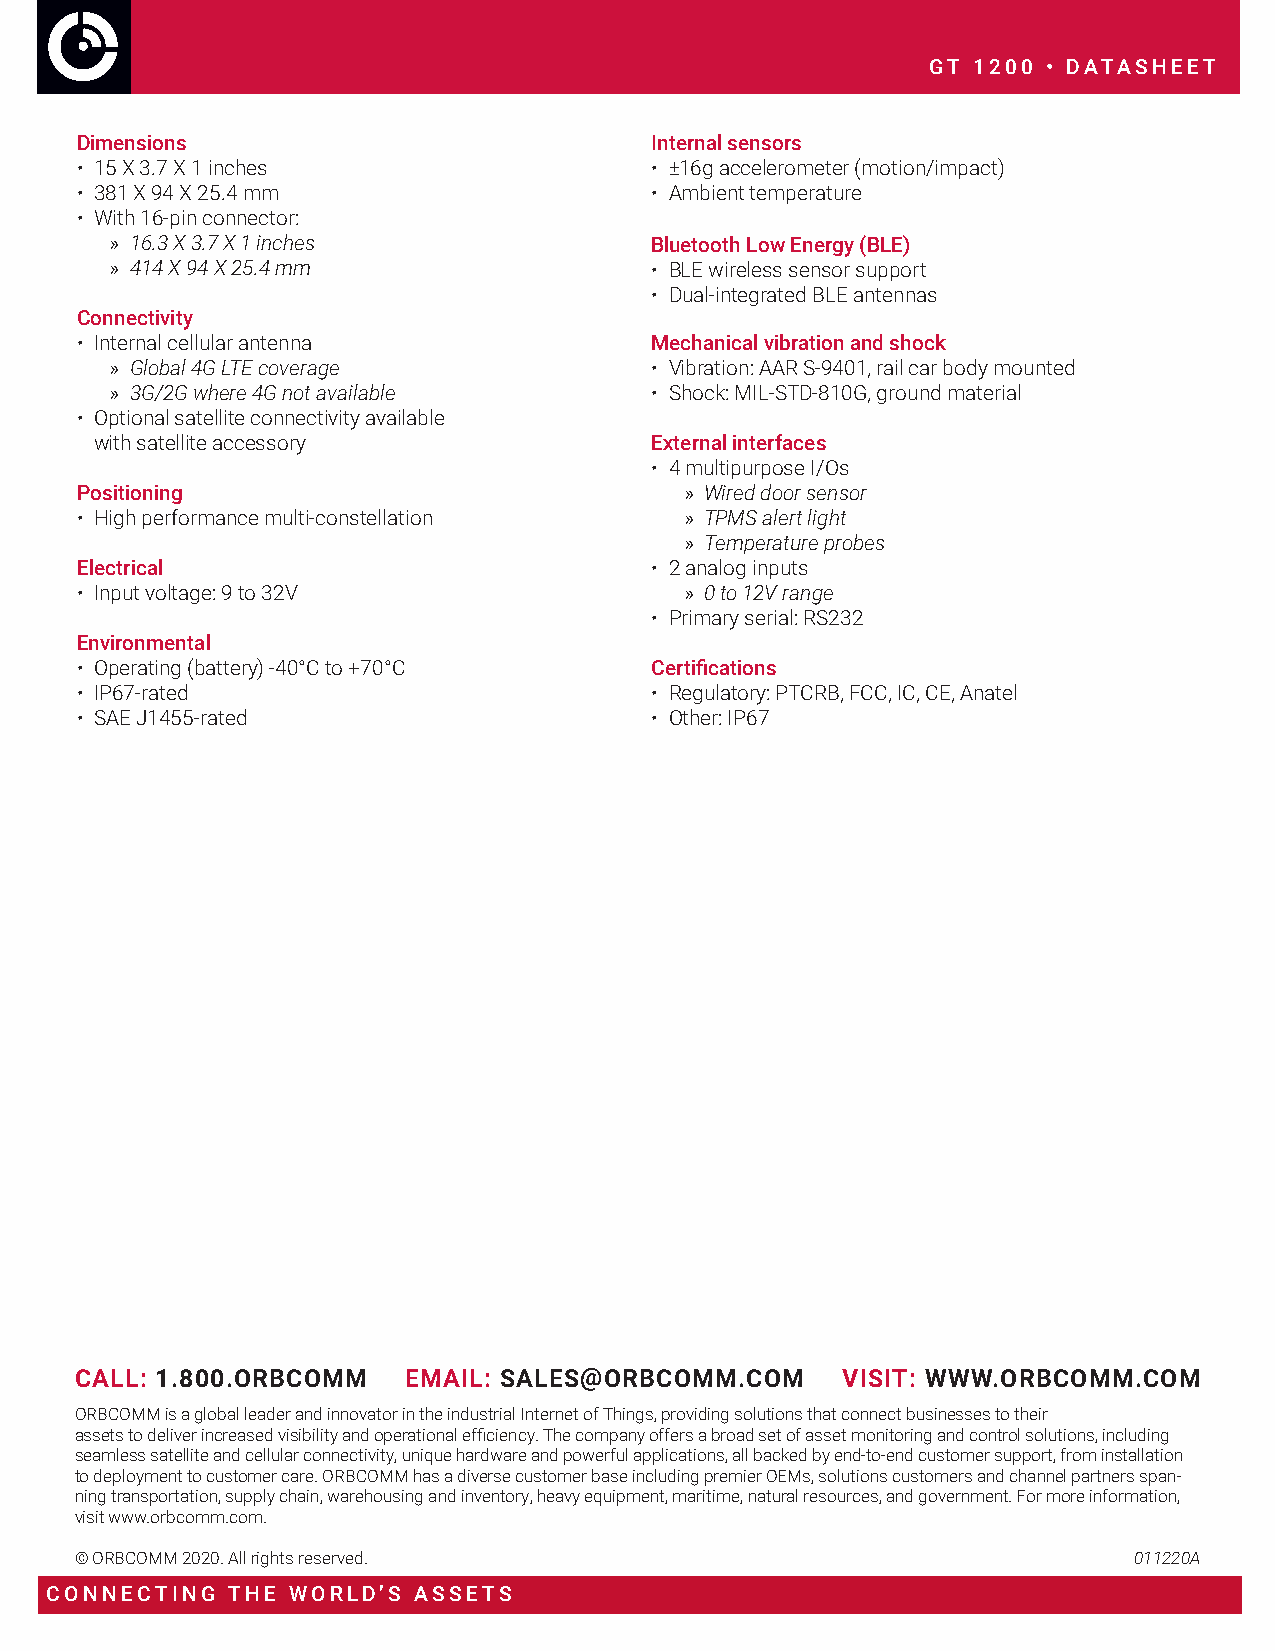
GT 1200 • DATASHEET
 Dimensions                            Internal sensors
 • 15 X 3.7 X 1 inches                 • ±16g accelerometer (motion/impact)
 • 381 X 94 X 25.4 mm                  • Ambient temperature
 • With 16-pin connector:
 » 16.3 X 3.7 X 1 inches             Bluetooth Low Energy (BLE)
 » 414 X 94 X 25.4 mm                • BLE wireless sensor support
 • Dual-integrated BLE antennas
 Connectivity
 • Internal cellular antenna           Mechanical vibration and shock
 » Global 4G LTE coverage            • Vibration: AAR S-9401, rail car body mounted
 » 3G/2G where 4G not available      • Shock: MIL-STD-810G, ground material
 • Optional satellite connectivity available
 with satellite accessory             External interfaces
 • 4 multipurpose I/Os
 Positioning                             » Wired door sensor
 • High performance multi-constellation  » TPMS alert light
 » Temperature probes
 Electrical                            • 2 analog inputs
 • Input voltage: 9 to 32V               » 0 to 12V range
 • Primary serial: RS232
 Environmental
 • Operating (battery) -40°C to +70°C  Certifications
 • IP67-rated                          • Regulatory: PTCRB, FCC, IC, CE, Anatel
 • SAE J1455-rated                     • Other: IP67
 CALL: 1.800.ORBCOMM   EMAIL: SALES@ORBCOMM.COM     VISIT: WWW.ORBCOMM.COM
 ORBCOMM is a global leader and innovator in the industrial Internet of Things, providing solutions that connect businesses to their
 assets to deliver increased visibility and operational efficiency. The company offers a broad set of asset monitoring and control solutions, including
 seamless satellite and cellular connectivity, unique hardware and powerful applications, all backed by end-to-end customer support, from installation
 to deployment to customer care. ORBCOMM has a diverse customer base including premier OEMs, solutions customers and channel partners span-
 ning transportation, supply chain, warehousing and inventory, heavy equipment, maritime, natural resources, and government. For more information,
 visit www.orbcomm.com.
 © ORBCOMM 2020. All rights reserved.                                  011220A
 CONNECTING  THE WORLD’S ASSETS